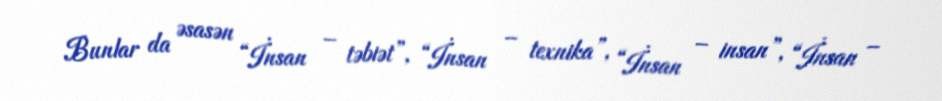
Bunlar da əsasən “İnsan – təbiət”, “İnsan – texnika”, “İnsan – insan”, “İnsan –